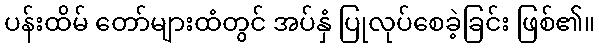
ပန်းထိမ် တော်များထံတွင် အပ်နှံ ပြုလုပ်စေခဲ့ခြင်း ဖြစ်၏။